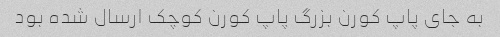
به جای پاپ کورن بزرگ پاپ کورن کوچک ارسال شده بود